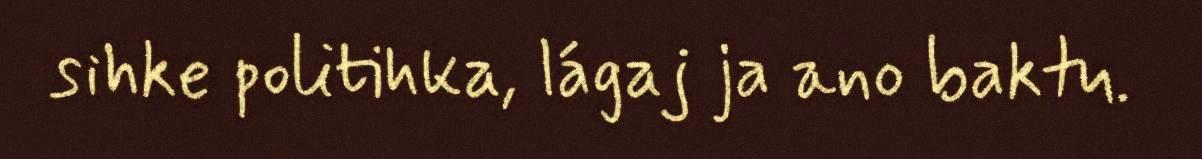
sihke politihka, lágaj ja ano baktu.